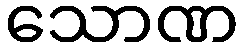
သောဏ